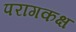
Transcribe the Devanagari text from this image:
परागकक्ष